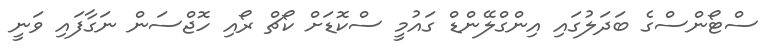
ސްޓޯންސްގެ ބަދަލުގައި އިންގްލޭންޑް ގައުމީ ސްކޮޑަށް ކޯޗް ރޯއި ހޮޖްސަން ނަގާފައި ވަނީ